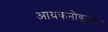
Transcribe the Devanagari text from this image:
आयकनोक्लास्ट